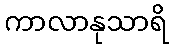
ကာလာနုသာရိ